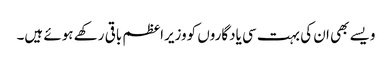
ویسے بھی ان کی بہت سی یادگاروں کووزیراعظم باقی رکھے ہوئے ہیں۔